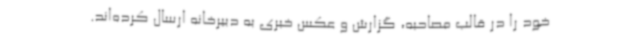
خود را در قالب مصاحبه، گزارش و عکس خبری به دبیرخانه ارسال کرده‌اند.